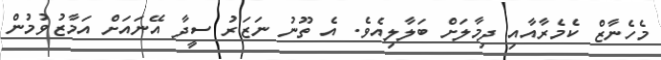
މެހެނާޒް ކެމެރާއާއި ދިމާލަށް ބަލާލިއެވެ. އެ ތޫނު ނަޒަރު ސީދާ އޭނައަށް އަމާޒުވުމުން